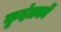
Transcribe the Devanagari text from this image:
कृदंतकों